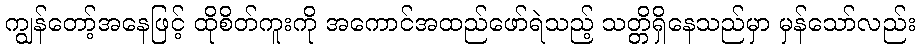
ကျွန်တော့်အနေဖြင့် ထိုစိတ်ကူးကို အကောင်အထည်ဖော်ရဲသည့် သတ္တိရှိနေသည်မှာ မှန်သော်လည်း